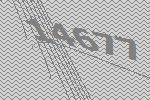
14677